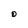
Character: O